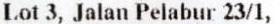
LOT 3, JALAN PELABUR 23/1,